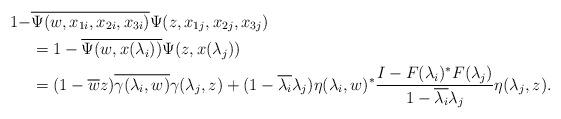
LaTeX: \begin{align*}1- & \overline{\Psi(w,x_{1i},x_{2i},x_{3i})}\Psi(z,x_{1j},x_{2j},x_{3j})\\&=1-\overline{\Psi(w,x(\lambda_i))}\Psi(z,x(\lambda_j))\\&=(1-\overline{w}z)\overline{\gamma(\lambda_i,w)}\gamma(\lambda_j,z)+(1-\overline{\lambda_i}\lambda_j)\eta(\lambda_i,w)^*\frac{I-F(\lambda_i)^*F(\lambda_j)}{1-\overline{\lambda_i}\lambda_j}\eta(\lambda_j,z).\end{align*}